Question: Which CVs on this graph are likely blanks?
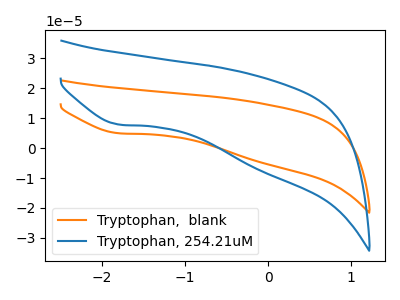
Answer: <think>The orange curve "Tryptophan,  blank" has a cathodic peak at: (-1.80V, 4.95uA). The blue curve "Tryptophan, 254.21uM" has a cathodic peak at: (-1.80V, 7.85uA).</think>
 <answer>There are not any CV's on this graph that are likely to be blanks.</answer>
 <eval>none</eval>